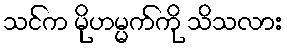
သင်က မိုဟမ္မက်ကို သိသလား